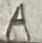
Text: A